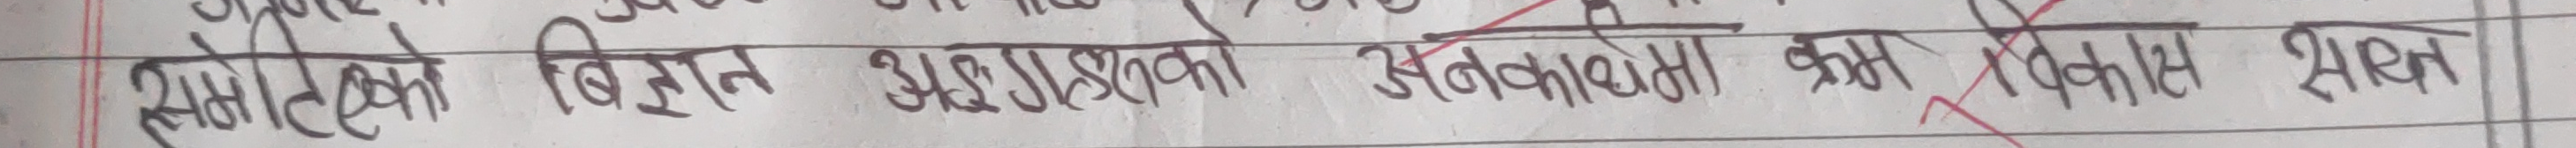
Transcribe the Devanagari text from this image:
संभावित विभिन्न अभ्यासको अवस्थामा कम विकास हुन्छ